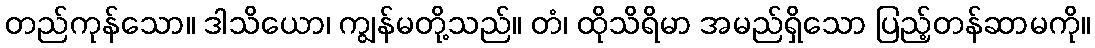
တည်ကုန်သော။ ဒါသိယော၊ ကျွန်မတို့သည်။ တံ၊ ထိုသိရိမာ အမည်ရှိသော ပြည့်တန်ဆာမကို။